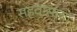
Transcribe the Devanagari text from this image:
सहवासाचा